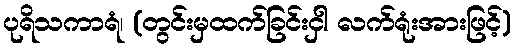
ပုရိသကာရံ၊ (တွင်းမှထက်ခြင်းငှါ လက်ရုံးအားဖြင့်)